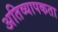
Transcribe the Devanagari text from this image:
अतिव्यापकता